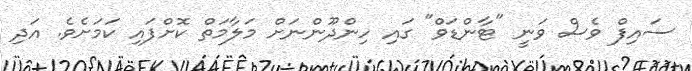
ސައިފް ވެސް ވަނީ "ޓާންޑަވް" ގައި ހިންދޫންނަށް މަލާމަތް ކޮށްފައި ކަމަށެވެ. އަދި